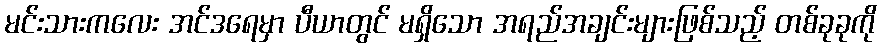
မင်းသားကလေး အင်ဒရေမှာ ပီယာတွင် မရှိသော အရည်အချင်းများဖြစ်သည့် တစ်ခုခုကို